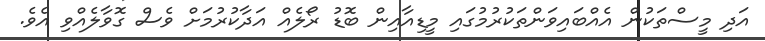
އަދި މީސްތަކުން އެއްބައިވަންތަކުރުމުގައި މީޑިއާއިން ބޮޑު ރޯލެއް އަދާކުރުމަށް ވެސް ގޮވާލެއްވި އެވެ.